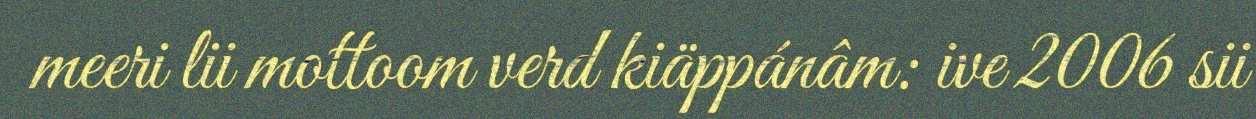
meeri lii mottoom verd kiäppánâm: ive 2006 sii